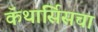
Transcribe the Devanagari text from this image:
कॅथार्सिसचा